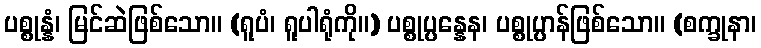
ပစ္စုန္နံ၊ မြင်ဆဲဖြစ်သော။ (ရူပံ၊ ရူပါရုံကို။) ပစ္စုပ္ပန္နေန၊ ပစ္စုပ္ပာန်ဖြစ်သော။ (စက္ခုနာ၊